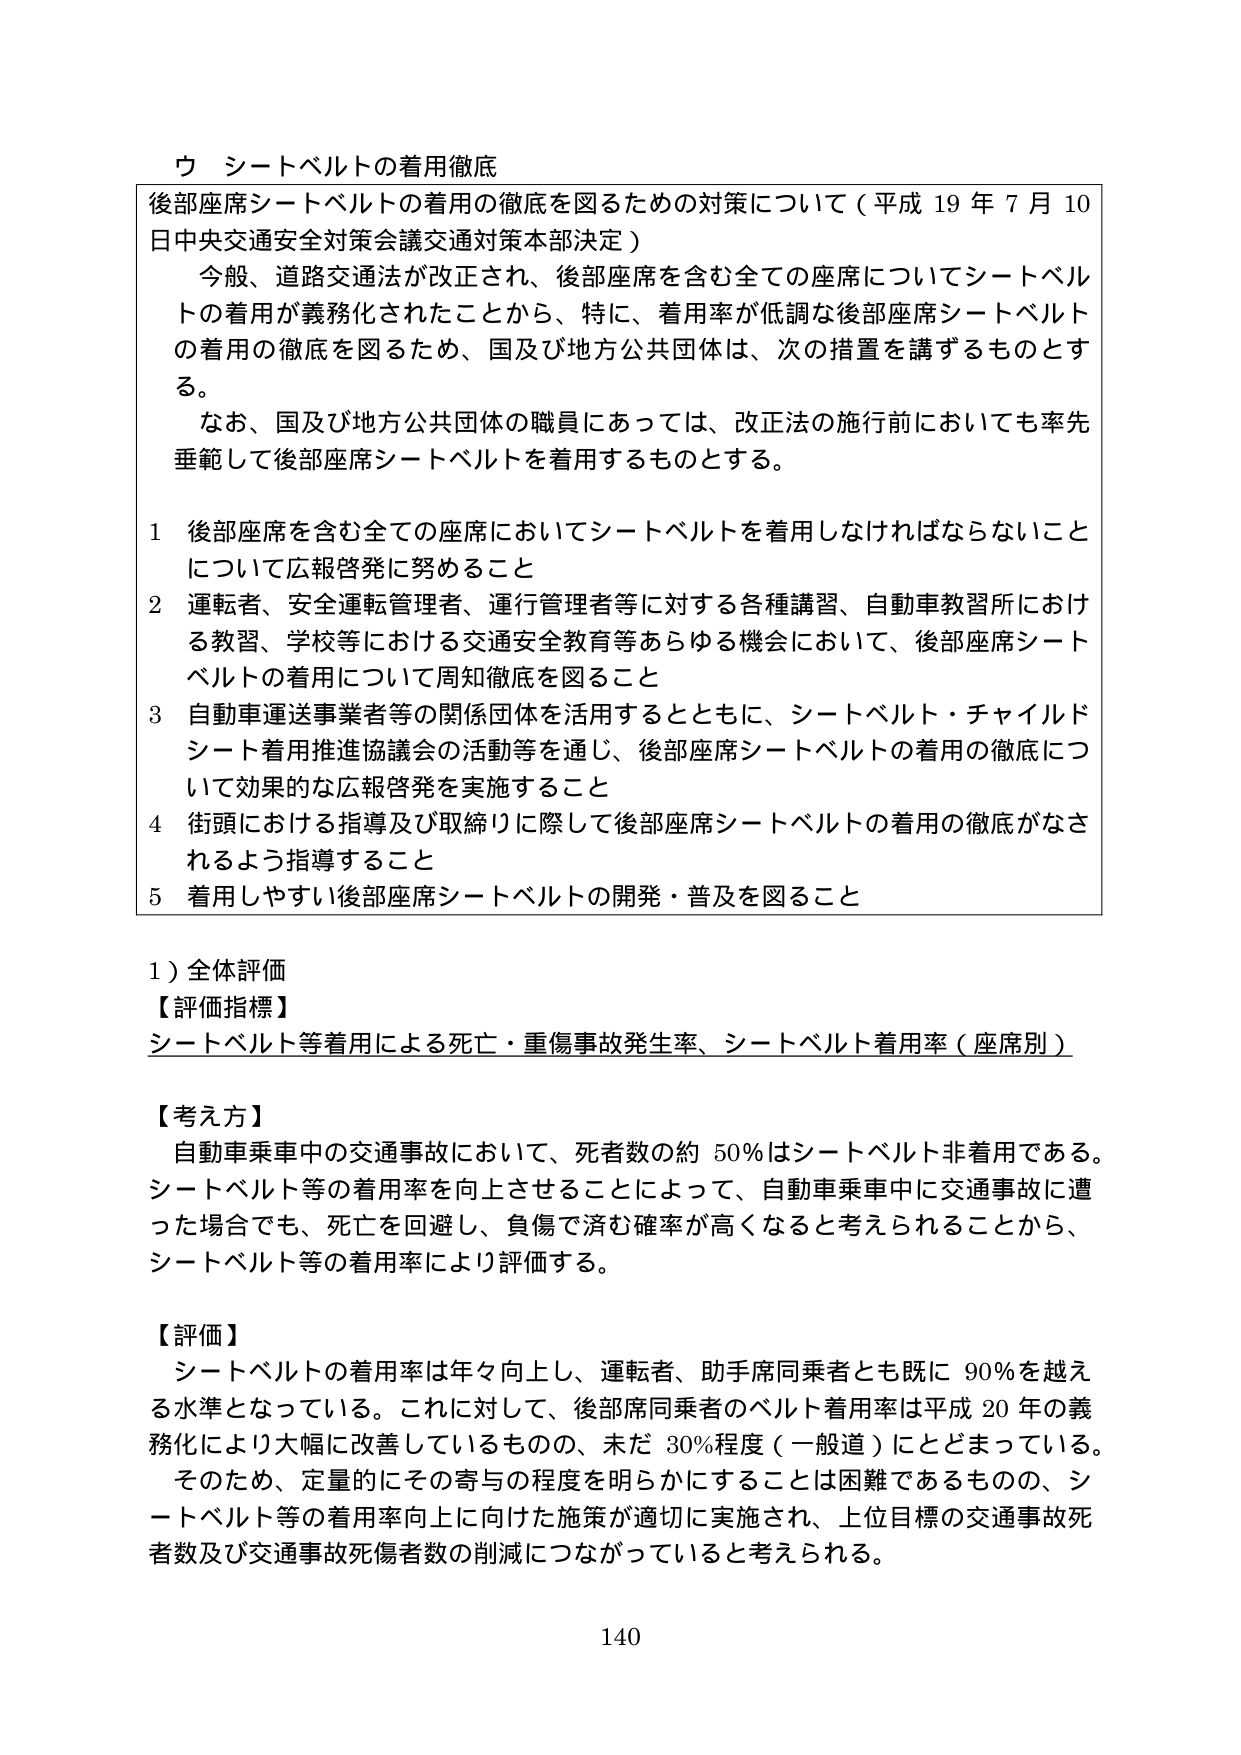
ウ シートベルトの着用徹底

後部座席シートベルトの着用の徹底を図るための対策について（平成19年7月10日中央交通安全対策会議交通対策本部決定）

　今般、道路交通法が改正され、後部座席を含む全ての座席についてシートベルトの着用が義務化されたことから、特に、着用率が低調な後部座席シートベルトの着用の徹底を図るため、国及び地方公共団体は、次の措置を講ずるものとする。

　なお、国及び地方公共団体の職員にあっては、改正法の施行前においても率先垂範して後部座席シートベルトを着用するものとする。

1 後部座席を含む全ての座席においてシートベルトを着用しなければならないことについて広報啓発に努めること

2 運転者、安全運転管理者、運行管理者等に対する各種講習、自動車教習所における教習、学校等における交通安全教育等あらゆる機会において、後部座席シートベルトの着用について周知徹底を図ること

3 自動車運送事業者等の関係団体を活用するとともに、シートベルト・チャイルドシート着用推進協議会の活動等を通じ、後部座席シートベルトの着用の徹底について効果的な広報啓発を実施すること

4 街頭における指導及び取締りに際して後部座席シートベルトの着用の徹底がなされるよう指導すること

5 着用しやすい後部座席シートベルトの開発・普及を図ること

1）全体評価

【評価指標】
シートベルト等着用による死亡・重傷事故発生率、シートベルト着用率（座席別）

【考え方】
　自動車乗車中の交通事故において、死者数の約50％はシートベルト非着用である。シートベルト等の着用率を向上させることによって、自動車乗車中に交通事故に遭った場合でも、死亡を回避し、負傷で済む確率が高くなると考えられることから、シートベルト等の着用率により評価する。

【評価】
　シートベルトの着用率は年々向上し、運転者、助手席同乗者とも既に90％を越える水準となっている。これに対して、後部席同乗者のベルト着用率は平成20年の義務化により大幅に改善しているものの、未だ30％程度（一般道）にとどまっている。
　そのため、定量的にその寄与の程度を明らかにすることは困難であるものの、シートベルト等の着用率向上に向けた施策が適切に実施され、上位目標の交通事故死者数及び交通事故死傷者数の削減につながっていると考えられる。

140